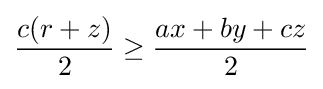
{\frac {c(r+z)}{2}}\geq {\frac {ax+by+cz}{2}}